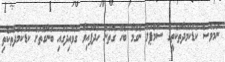
ނަމަވެސް ކުޑަކަމުދާތަކެތީގެ ސާމްޕަލް ނެގުމާ ބެހޭ ގޮތުން ހަދާފައިވާ ގަވާއިދުގައި ބުނާގޮތަށް ކުޑަކަމުދާތަކެތި